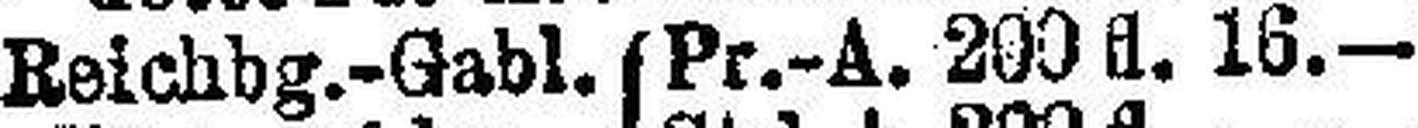
Reichbg.-Gabl. (Pr.-A. 200 fl. 16.—